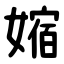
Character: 㜚